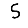
Digit: 5